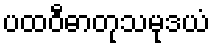
ပထဝီဓာတုသမုဒယံ